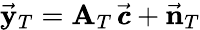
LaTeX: \vec{\mathbf y}_{T}={\mathbf A}_{T}\, \vec{\pmb{c}}+\vec{\mathbf n}_{T}